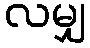
လမျှ